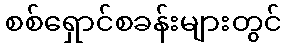
စစ်ရှောင်စခန်းများတွင်